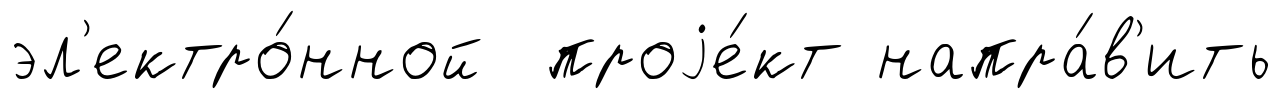
эл'ектро́нной проjе́кт напра́в'ить